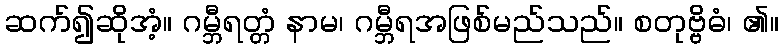
ဆက်၍ဆိုအံ့။ ဂမ္ဘီရတ္တံ နာမ၊ ဂမ္ဘီရအဖြစ်မည်သည်။ စတုဗ္ဗိဓံ၊ ၏။